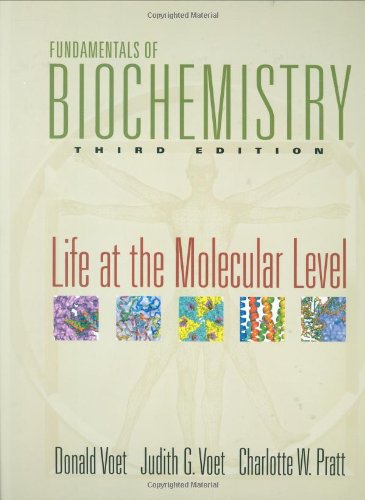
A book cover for Fundamentals of Biochemistry: Life at the Molecular Level; Donald Voet; Science & Math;